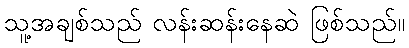
သူ့အချစ်သည် လန်းဆန်းနေဆဲ ဖြစ်သည်။